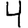
Digit: 4